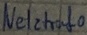
Text: Netztrafo